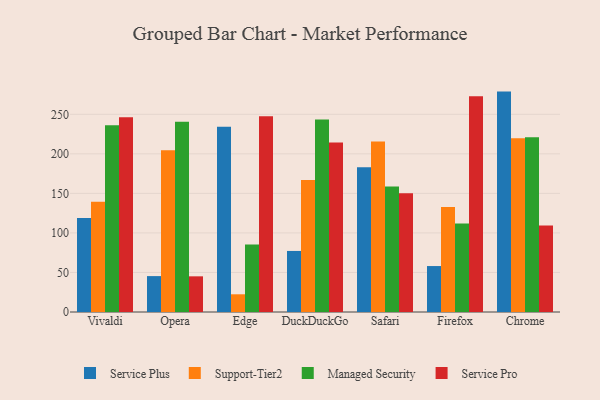
{"axis": {"x": "Browser", "y": "Gross Profit (USD K)"}, "legend": ["Managed Security", "Service Plus", "Service Pro", "Support-Tier2"], "data": [{"x": "Vivaldi", "y": 119.0, "type": "Service Plus"}, {"x": "Vivaldi", "y": 139.5, "type": "Support-Tier2"}, {"x": "Vivaldi", "y": 236.1, "type": "Managed Security"}, {"x": "Vivaldi", "y": 246.3, "type": "Service Pro"}, {"x": "Opera", "y": 45.4, "type": "Service Plus"}, {"x": "Opera", "y": 204.6, "type": "Support-Tier2"}, {"x": "Opera", "y": 240.5, "type": "Managed Security"}, {"x": "Opera", "y": 45.1, "type": "Service Pro"}, {"x": "Edge", "y": 234.1, "type": "Service Plus"}, {"x": "Edge", "y": 22.4, "type": "Support-Tier2"}, {"x": "Edge", "y": 85.4, "type": "Managed Security"}, {"x": "Edge", "y": 247.5, "type": "Service Pro"}, {"x": "DuckDuckGo", "y": 77.2, "type": "Service Plus"}, {"x": "DuckDuckGo", "y": 166.9, "type": "Support-Tier2"}, {"x": "DuckDuckGo", "y": 243.5, "type": "Managed Security"}, {"x": "DuckDuckGo", "y": 214.2, "type": "Service Pro"}, {"x": "Safari", "y": 183.0, "type": "Service Plus"}, {"x": "Safari", "y": 215.6, "type": "Support-Tier2"}, {"x": "Safari", "y": 158.6, "type": "Managed Security"}, {"x": "Safari", "y": 150.3, "type": "Service Pro"}, {"x": "Firefox", "y": 58.1, "type": "Service Plus"}, {"x": "Firefox", "y": 132.7, "type": "Support-Tier2"}, {"x": "Firefox", "y": 111.8, "type": "Managed Security"}, {"x": "Firefox", "y": 272.8, "type": "Service Pro"}, {"x": "Chrome", "y": 278.7, "type": "Service Plus"}, {"x": "Chrome", "y": 219.8, "type": "Support-Tier2"}, {"x": "Chrome", "y": 221.1, "type": "Managed Security"}, {"x": "Chrome", "y": 109.3, "type": "Service Pro"}]}